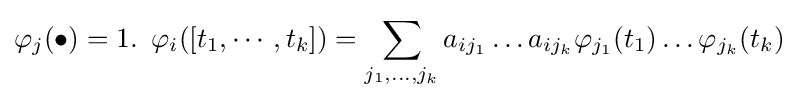
\varphi _{j}(\bullet )=1.\,\,\,\varphi _{i}([t_{1},\cdots ,t_{k}])=\sum _{j_{1},\dots ,j_{k}}a_{ij_{1}}\dots a_{ij_{k}}\varphi _{j_{1}}(t_{1})\dots \varphi _{j_{k}}(t_{k})